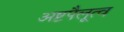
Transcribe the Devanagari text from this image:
अष्टपैलूत्व